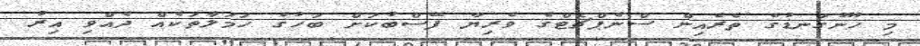
މި ހޫނުގަނޑުގެ ތެރެއިން ސްނެޕްޗެޓްގެ ވެރިޔާ ފޭސްބުކަށް ބަހުގެ ހަމަލާތަކެއް ދެއްވި އިރު